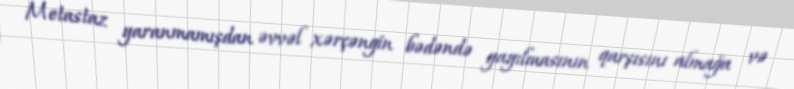
Metastaz yaranmamışdan əvvəl xərçəngin bədəndə yayılmasının qarşısını almağa və